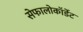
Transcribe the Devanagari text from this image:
सेफालोकॉर्डेट